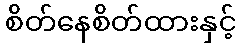
စိတ်နေစိတ်ထားနှင့်